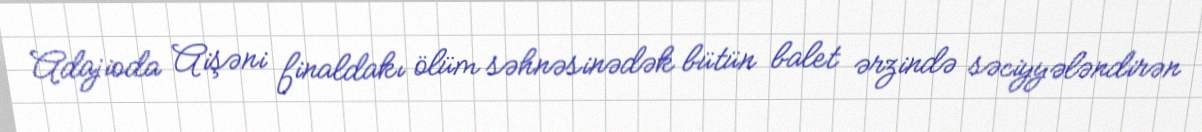
Adajioda Aişəni finaldakı ölüm səhnəsinədək bütün balet ərzində səciyyələndirən